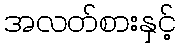
အလတ်စားနှင့်